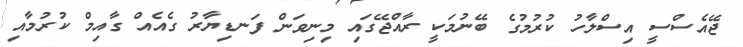
ޖޭއެސްސީ އިސްލާހު ކުރުމުގެ ބޭނުމަކީ ރާއްޖޭގައި މިނިވަން ފަނޑިޔާރު ގެއެއް ގާއިމް ކުރުމާއި